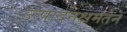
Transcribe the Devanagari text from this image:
उत्पादनक्षमतेने